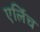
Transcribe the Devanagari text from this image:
एर्लिच